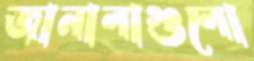
জানালাগুলো